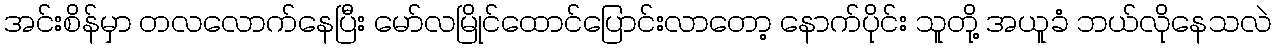
အင်းစိန်မှာ တလလောက်နေပြီး မော်လမြိုင်ထောင်ပြောင်းလာတော့ နောက်ပိုင်း သူတို့ အယူခံ ဘယ်လိုနေသလဲ